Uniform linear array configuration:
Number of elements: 12
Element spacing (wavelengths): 0.5
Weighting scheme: uniform
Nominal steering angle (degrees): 30
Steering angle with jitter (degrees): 29.375
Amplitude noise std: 0.05
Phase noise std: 0.05

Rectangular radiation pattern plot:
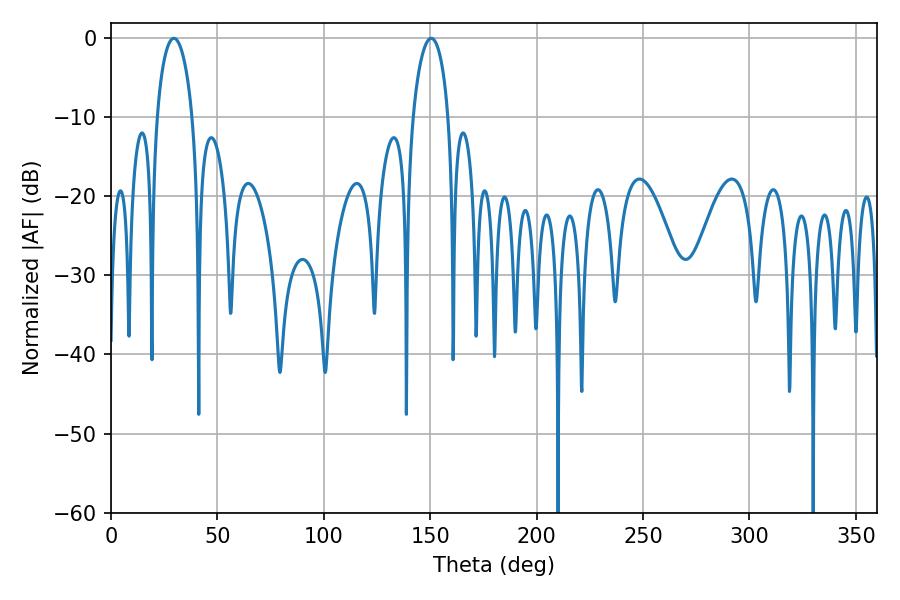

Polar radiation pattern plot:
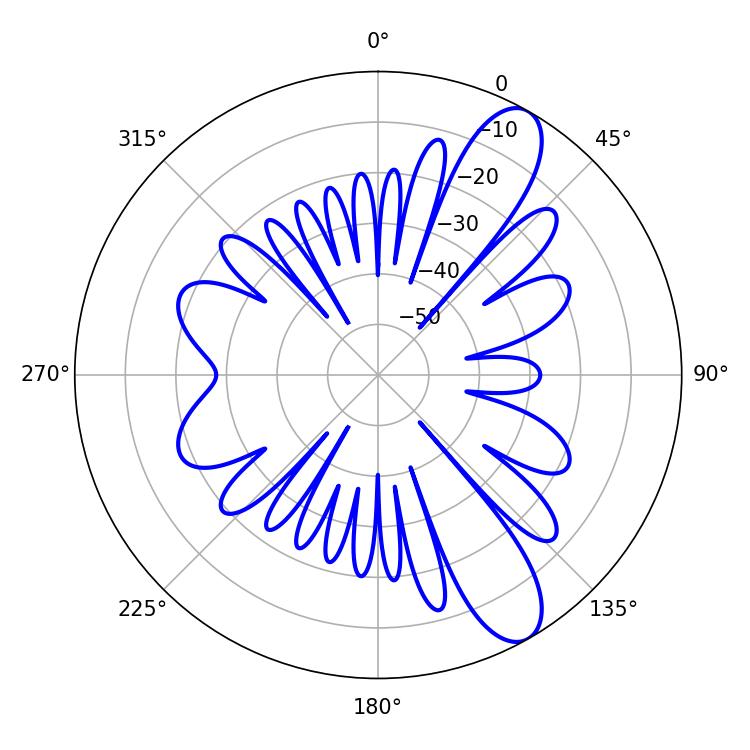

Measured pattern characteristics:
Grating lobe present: FALSE
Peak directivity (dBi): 10.514
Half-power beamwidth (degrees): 9.54
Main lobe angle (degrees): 29.52